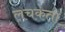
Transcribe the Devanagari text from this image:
लचकता